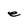
Character: e